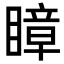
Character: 瞕